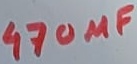
Text: 470µF